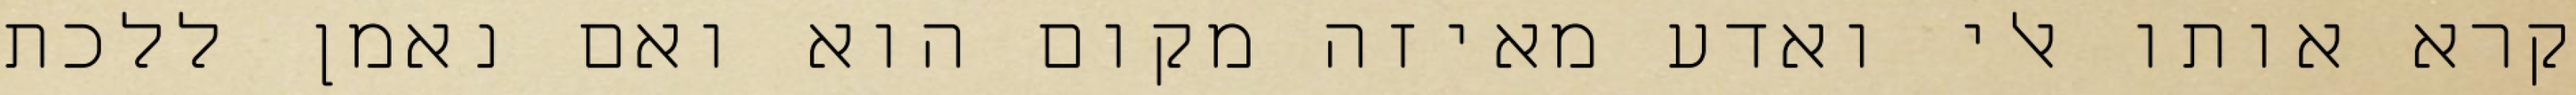
קרא אותו אלי ואדע מאיזה מקום הוא ואם נאמן ללכת